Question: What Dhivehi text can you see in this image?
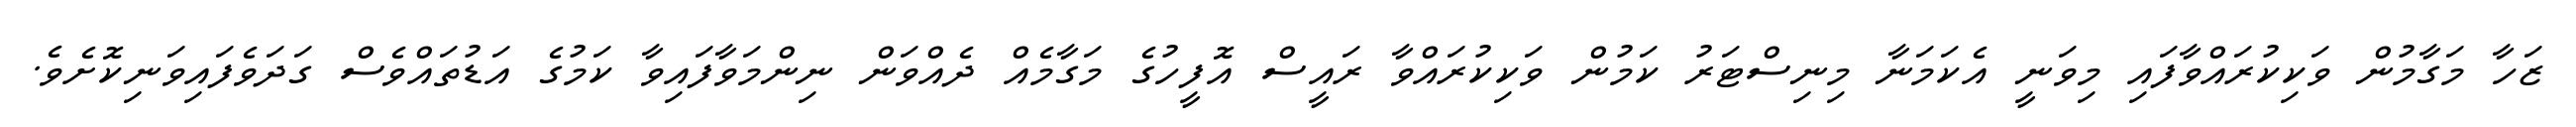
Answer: ޒަހާ މަގާމުން ވަކިކުރައްވާފައި މިވަނީ އެކަމަނާ މިނިސްޓަރު ކަމުން ވަކިކުރައްވާ ރައީސް އޮފީހުގެ މަގާމެއް ދެއްވަން ނިންމަވާފައިވާ ކަމުގެ އަޑުތައްވެސް ގަދަވެފައިވަނިކޮށެވެ.